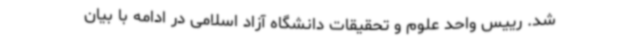
شد. رییس واحد علوم و تحقیقات دانشگاه آزاد اسلامی در ادامه با بیان